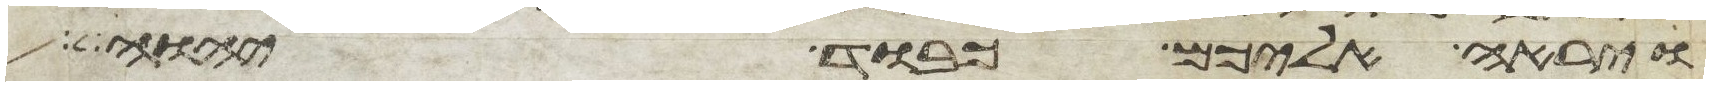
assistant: ויראה אליכם כבוד יהוה